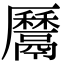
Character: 𩱔